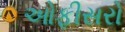
ઓફીસરો